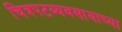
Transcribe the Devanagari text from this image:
चित्रपटव्यवसायाच्या